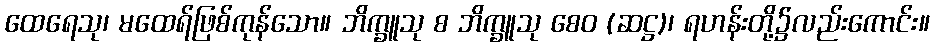
ထေရေသု၊ မထေရ်ဖြစ်ကုန်သော။ ဘိက္ခူသု စ ဘိက္ခူသု စေဝ (ဆဋ္ဌ)၊ ရဟန်းတို့၌လည်းကောင်း။